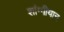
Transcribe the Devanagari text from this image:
शांग्गीयान